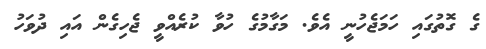
ގެ ގޮތުގައި ހަމަޖެހުނީ އެވެ. މަގާމުގެ ހުވާ ކުރެއްވީ ޖެހިގެން އައި ދުވަހު